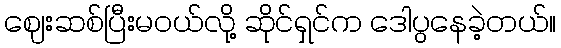
ဈေးဆစ်ပြီးမဝယ်လို့ ဆိုင်ရှင်က ဒေါပွနေခဲ့တယ်။